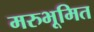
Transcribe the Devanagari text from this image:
मरुभूमित